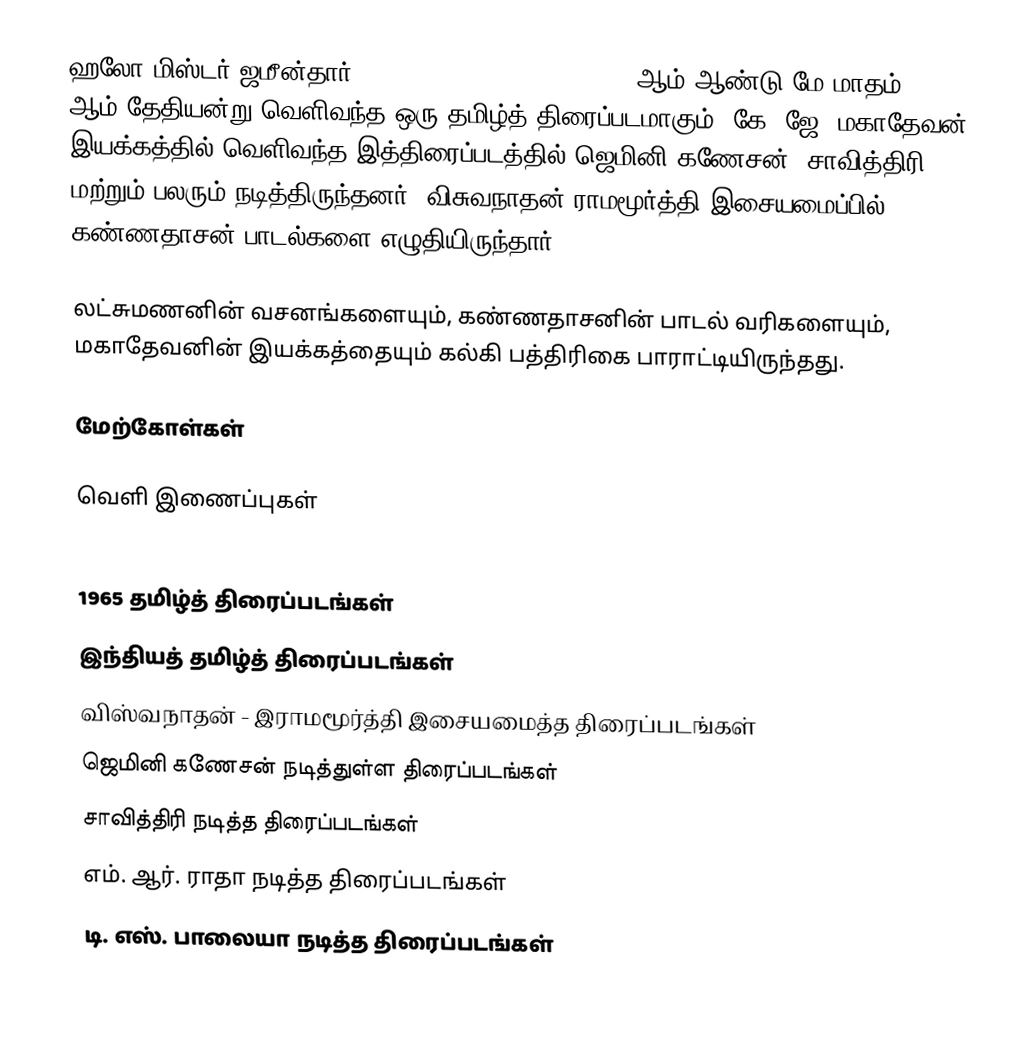
ஹலோ மிஸ்டர் ஜமீன்தார் (Hello Mister Zamindar) 1965 ஆம் ஆண்டு மே மாதம் 14 ஆம் தேதியன்று வெளிவந்த ஒரு தமிழ்த் திரைப்படமாகும். கே. ஜே. மகாதேவன் இயக்கத்தில் வெளிவந்த இத்திரைப்படத்தில் ஜெமினி கணேசன், சாவித்திரி மற்றும் பலரும் நடித்திருந்தனர். விசுவநாதன் ராமமூர்த்தி இசையமைப்பில் கண்ணதாசன் பாடல்களை எழுதியிருந்தார்.

லட்சுமணனின் வசனங்களையும், கண்ணதாசனின் பாடல் வரிகளையும், மகாதேவனின் இயக்கத்தையும் கல்கி பத்திரிகை பாராட்டியிருந்தது.

மேற்கோள்கள்

வெளி இணைப்புகள்

1965 தமிழ்த் திரைப்படங்கள்
இந்தியத் தமிழ்த் திரைப்படங்கள்
விஸ்வநாதன் - இராமமூர்த்தி இசையமைத்த திரைப்படங்கள்
ஜெமினி கணேசன் நடித்துள்ள திரைப்படங்கள்
சாவித்திரி நடித்த திரைப்படங்கள்
எம். ஆர். ராதா நடித்த திரைப்படங்கள்
டி. எஸ். பாலையா நடித்த திரைப்படங்கள்